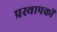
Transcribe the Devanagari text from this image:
प्रस्थापकों